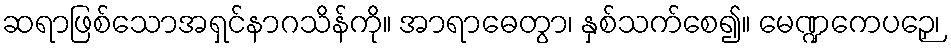
ဆရာဖြစ်သောအရှင်နာဂသိန်ကို။ အာရာဓေတွာ၊ နှစ်သက်စေ၍။ မေဏ္ဍကေပဉှေ၊